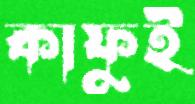
কাফুই